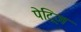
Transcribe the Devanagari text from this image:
पेट्रिज